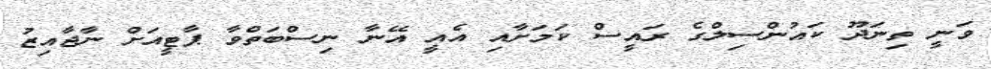
ވަނީ ތިނަދޫ ކައުންސިލްގެ ރައީސް ކަމަށާއި އެއީ އޭނާ ނިސްބަތްވާ ޕާޓީއަށް ނާޖާއިޒު